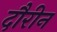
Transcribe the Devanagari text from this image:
दौरीन